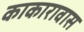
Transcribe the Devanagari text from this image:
काकारावास